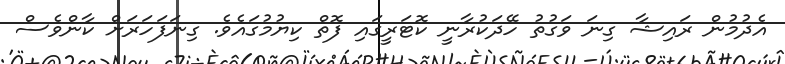
އެދުމުން ރައިޝާ ގިނަ ވަގުތު ހޭދަކުރާނީ ކޮޓަރީގައި ފޮތް ކިޔުމުގައެވެ. ގިނަފަހަރަށް ކާންވެސް